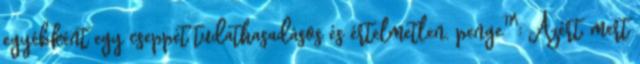
egyébként egy cseppet tudathasadásos és értelmetlen. penge™: Azért, mert